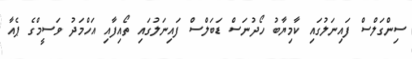
ސިންގަލްސް ފައިނަލުގައި ކާމިޔާބު ހޯދުނަސް ޑަބަލްސް ފައިނަލުގައި ތޯއިފާއި އަހްމަދު ވަސީމްގެ ޕެއާ